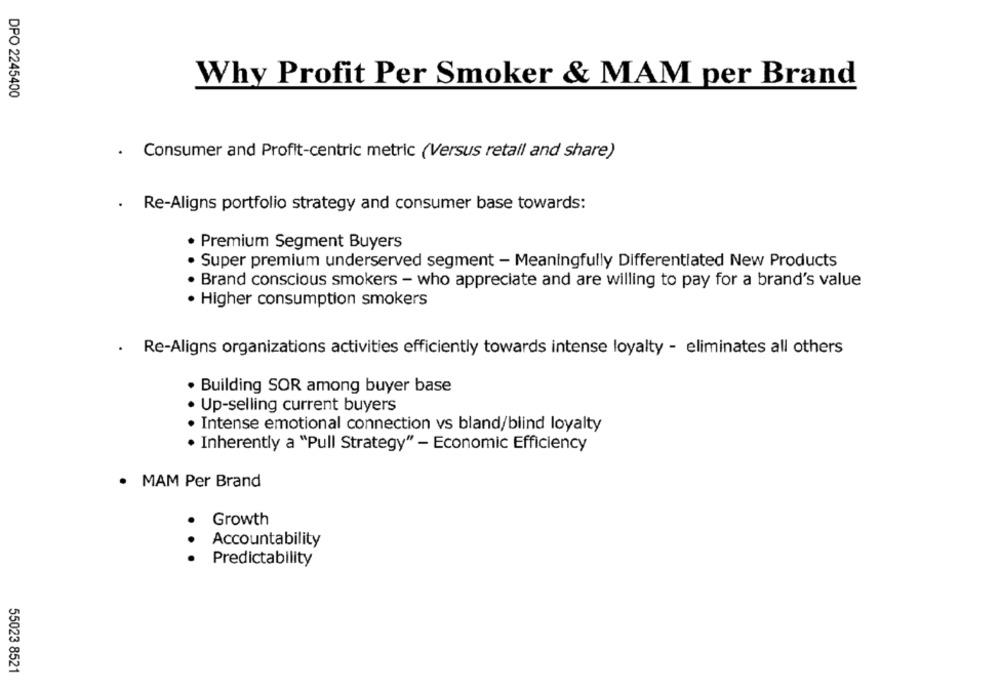
Why Profit Per Smoker & MAM per Brand
DPO 2245400
. Consumer and Profit-centric metric (Versus retail and share)
. Re-Aligns portfolio strategy and consumer base towards:
· Premium Segment Buyers
· Super premium underserved segment - Meaningfully Differentiated New Products
· Brand conscious smokers - who appreciate and are willing to pay for a brand's value
· Higher consumption smokers
. Re-Aligns organizations activities efficiently towards intense loyalty - eliminates all others
. Building SOR among buyer base
· Up-selling current buyers
· Intense emotional connection vs bland/blind loyalty
Inherently a "Pull Strategy" - Economic Efficiency
· MAM Per Brand
Growth
Accountability
Predictability
55023 8521